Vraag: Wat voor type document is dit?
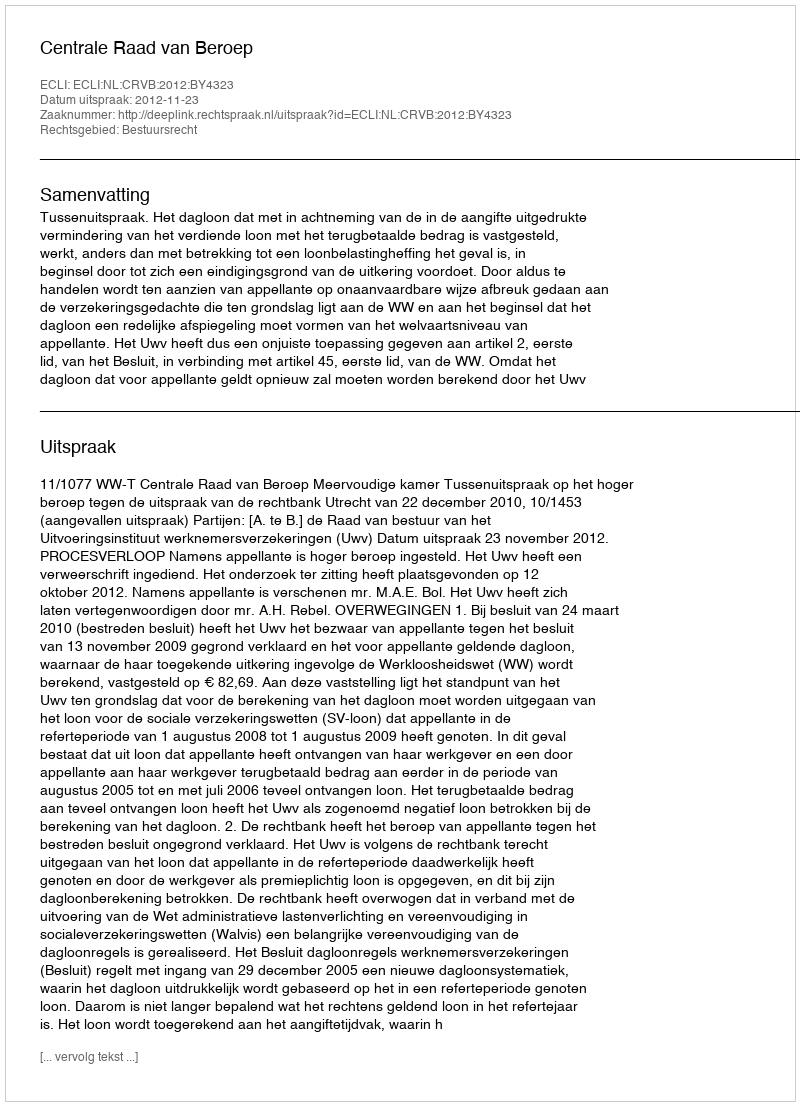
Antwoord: Uitspraak